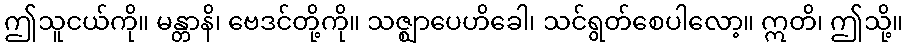
ဤသူငယ်ကို။ မန္တာနိ၊ ဗေဒင်တို့ကို။ သဇ္ဈာပေဟိခေါ၊ သင်ရွတ်စေပါလော့။ ဣတိ၊ ဤသို့။